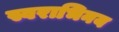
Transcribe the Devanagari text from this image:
स्वराभिनय